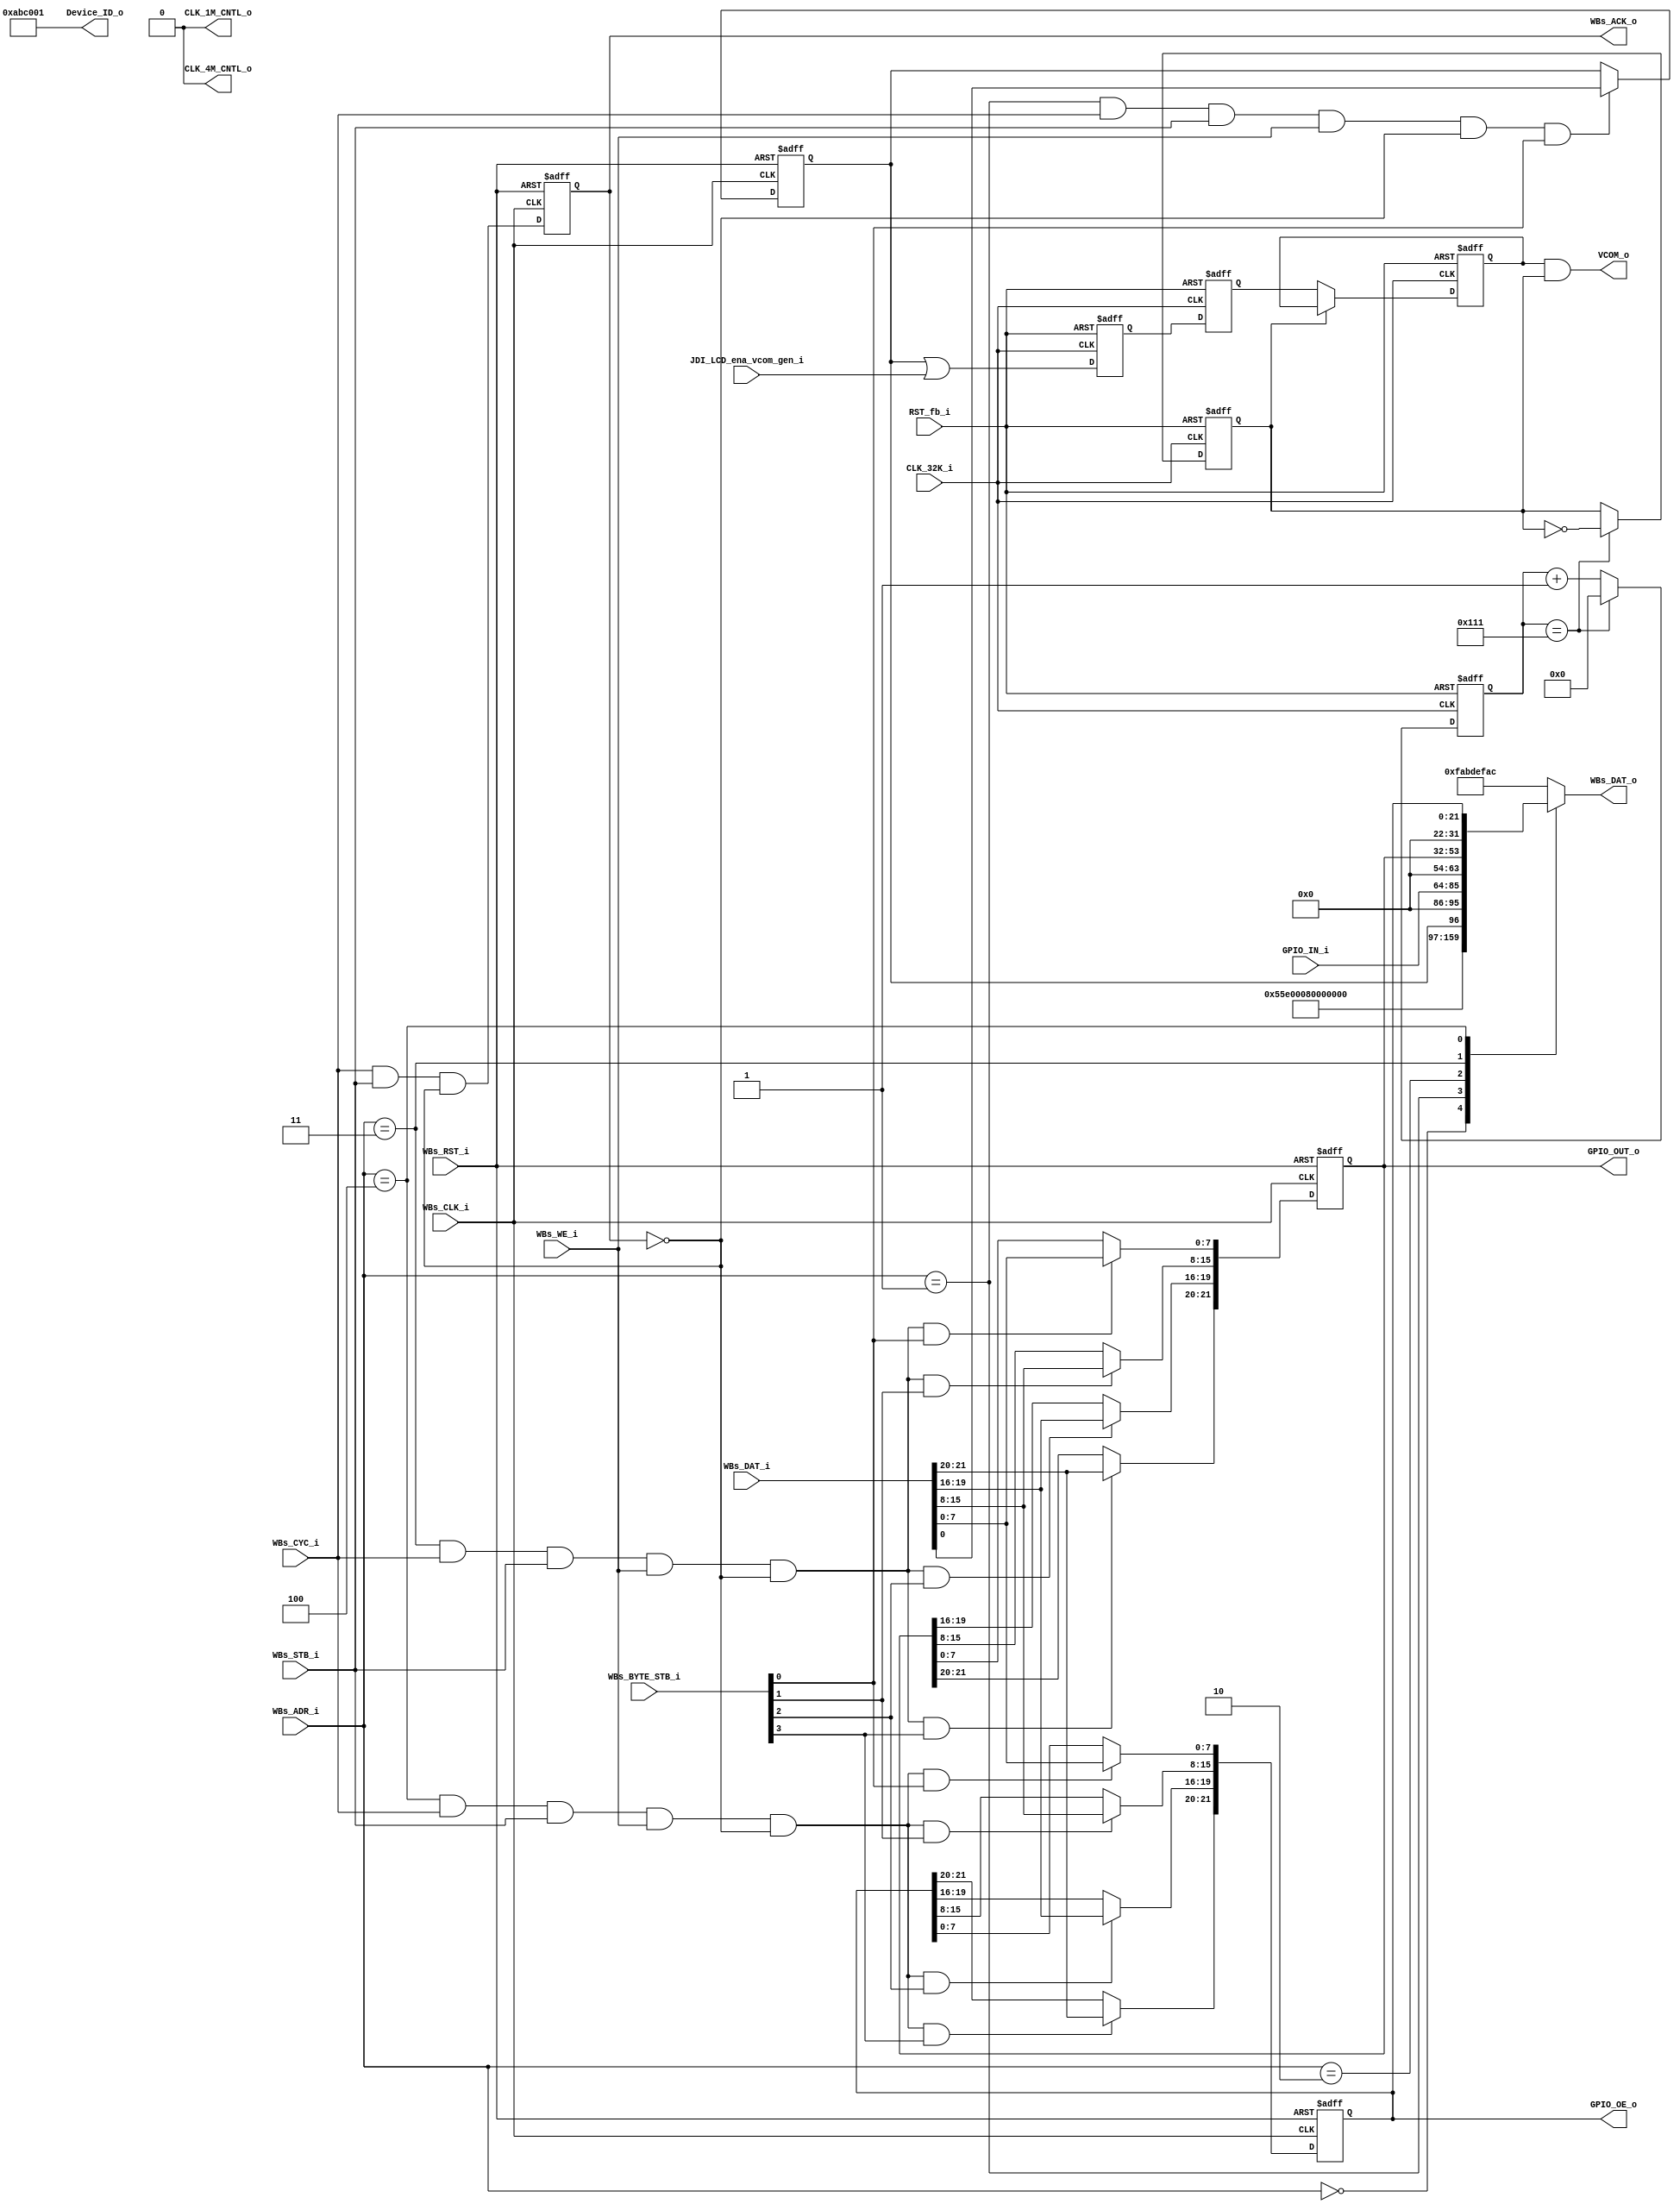
// -----------------------------------------------------------------------------
// title          : AL4S3B Example Fabric Register Module
// project        : Tamar2 Device
// -----------------------------------------------------------------------------
// company        : QuickLogic Corp
// last update    : 2016/02/03
// platform       : ArcticLink 4 S3B
// standard       : Verilog 2001
// -----------------------------------------------------------------------------
// description: The Fabric example IP design contains the essential logic for
//              interfacing the ASSP of the AL4S3B to registers and memory 
//              located in the programmable fabric.
// -----------------------------------------------------------------------------
// copyright (c) 2016
// -----------------------------------------------------------------------------
// revisions  :
// date            version    author         description
// 2016/02/03      1.0        Glen Gomes     Initial Release
// 2017/10/01      1.0        Anand A Wadke  Added external VCOM control signal.
//
// -----------------------------------------------------------------------------
// Comments: This solution is specifically for use with the QuickLogic
//           AL4S3B device. 
// -----------------------------------------------------------------------------
//

`timescale 1ns / 10ps


module AL4S3B_Fabric_Registers ( 

                         // AHB-To_Fabric Bridge I/F
                         //
                         WBs_ADR_i,
                         WBs_CYC_i,
                         WBs_BYTE_STB_i,
                         WBs_WE_i,
                         WBs_STB_i,
                         WBs_DAT_i,
                         WBs_CLK_i,
                         WBs_RST_i,
                         WBs_DAT_o,
                         WBs_ACK_o,

                         //
                         // Misc
                         //
						 JDI_LCD_ena_vcom_gen_i,
						 
						 CLK_32K_i, 
						 RST_fb_i,
						 VCOM_o,
						 CLK_4M_CNTL_o,
						 CLK_1M_CNTL_o,
                         Device_ID_o,
				         GPIO_IN_i,
				         GPIO_OUT_o,
				         GPIO_OE_o

                         );


//------Port Parameters----------------
//

parameter                ADDRWIDTH                   =   7  ;   // Allow for up to 128 registers in the fabric
parameter                DATAWIDTH                   =  32  ;   // Allow for up to 128 registers in the fabric

parameter                FABRIC_REG_ID_VALUE_ADR     =  7'h0; 
parameter                FABRIC_CLOCK_CONTROL_ADR    =  7'h1; 
parameter                FABRIC_GPIO_IN_REG_ADR      =  7'h2; 
parameter                FABRIC_GPIO_OUT_REG_ADR     =  7'h3; 
parameter                FABRIC_GPIO_OE_REG_ADR      =  7'h4; 
parameter                FABRIC_REG_SCRATCH_REG_ADR  =  7'h5; 

parameter                AL4S3B_DEVICE_ID            = 16'h0;
parameter                AL4S3B_REV_LEVEL            = 32'h0;
parameter                AL4S3B_GPIO_REG             = 22'h0;
parameter                AL4S3B_GPIO_OE_REG          = 22'h0;
parameter                AL4S3B_SCRATCH_REG          = 32'h12345678  ;

parameter                AL4S3B_DEF_REG_VALUE        = 32'hFAB_DEF_AC;


//------Port Signals-------------------
//

// AHB-To_Fabric Bridge I/F
//
input   [ADDRWIDTH-1:0]  WBs_ADR_i     ;  // Address Bus                to   Fabric
input                    WBs_CYC_i     ;  // Cycle Chip Select          to   Fabric
input             [3:0]  WBs_BYTE_STB_i;  // Byte Select                to   Fabric
input                    WBs_WE_i      ;  // Write Enable               to   Fabric
input                    WBs_STB_i     ;  // Strobe Signal              to   Fabric
input   [DATAWIDTH-1:0]  WBs_DAT_i     ;  // Write Data Bus             to   Fabric
input                    WBs_CLK_i     ;  // Fabric Clock               from Fabric
input                    WBs_RST_i     ;  // Fabric Reset               to   Fabric
output  [DATAWIDTH-1:0]  WBs_DAT_o     ;  // Read Data Bus              from Fabric
output                   WBs_ACK_o     ;  // Transfer Cycle Acknowledge from Fabric

//
// Misc
//
output           [23:0]  Device_ID_o   ;

output 					 CLK_4M_CNTL_o;
output 					 CLK_1M_CNTL_o;

output 					 VCOM_o;

// GPIO
//
input            [21:0]  GPIO_IN_i     ;
output           [21:0]  GPIO_OUT_o    ;
output           [21:0]  GPIO_OE_o     ;

input                    JDI_LCD_ena_vcom_gen_i      ; 
input                    CLK_32K_i      ; 
input                    RST_fb_i      ; 
 
wire                     CLK_32K_i      ; 
wire                     RST_fb_i      ; 

wire                     VCOM_o      ;

// Fabric Global Signals
//
wire                     WBs_CLK_i     ;  // Wishbone Fabric Clock 
wire                     WBs_RST_i     ;  // Wishbone Fabric Reset

// Wishbone Bus Signals
//
wire    [ADDRWIDTH-1:0]  WBs_ADR_i     ;  // Wishbone Address Bus
wire                     WBs_CYC_i     ;  // Wishbone Client Cycle  Strobe (i.e. Chip Select)
wire              [3:0]  WBs_BYTE_STB_i;  // Wishbone Byte   Enables
wire                     WBs_WE_i      ;  // Wishbone Write  Enable Strobe
wire                     WBs_STB_i     ;  // Wishbone Transfer      Strobe
wire    [DATAWIDTH-1:0]  WBs_DAT_i     ;  // Wishbone Write  Data Bus
 
reg     [DATAWIDTH-1:0]  WBs_DAT_o     ;  // Wishbone Read   Data Bus

reg                      WBs_ACK_o     ;  // Wishbone Client Acknowledge

// Misc
//
//reg               [15:0]  Device_ID_o   ;
wire              [23:0]  Device_ID_o   ;

// GPIO
//
wire             [21:0]  GPIO_IN_i     ;
reg              [21:0]  GPIO_OUT_o    ;
reg              [21:0]  GPIO_OE_o     ;

//reg				 [1:0]   Clk_Cntrl;



//------Define Parameters--------------
//

//
// None at this time
//

//------Internal Signals---------------
//
//wire                     FB_Dev_ID_Wr_Dcd      ;
wire                     FB_Clk_Cntl_Wr_Dcd   ;
wire                     FB_GPIO_Reg_Wr_Dcd    ;
wire                     FB_GPIO_OE_Reg_Wr_Dcd ;
//wire                     FB_Scratch_Reg_Wr_Dcd ;

reg [8:0] count;
reg		  VCOM_Enable;
reg       VCOM_EN_int;
reg		  VCOM_r; 
reg		  VCOM_EN_32K_r1;
reg		  VCOM_EN_32K_r2;

//------Logic Operations---------------
//
assign CLK_4M_CNTL_o = 1'b0 ;
assign CLK_1M_CNTL_o = 1'b0 ;
assign VCOM_o = VCOM_EN_int & VCOM_r;


// Define the Fabric's local register write enables
//
//assign FB_Dev_ID_Wr_Dcd       = ( WBs_ADR_i == FABRIC_REG_ID_VALUE_ADR    ) & WBs_CYC_i & WBs_STB_i & WBs_WE_i   & (~WBs_ACK_o);
assign FB_Clk_Cntl_Wr_Dcd    = ( WBs_ADR_i == FABRIC_CLOCK_CONTROL_ADR  ) & WBs_CYC_i & WBs_STB_i & WBs_WE_i   & (~WBs_ACK_o);
assign FB_GPIO_Reg_Wr_Dcd     = ( WBs_ADR_i == FABRIC_GPIO_OUT_REG_ADR    ) & WBs_CYC_i & WBs_STB_i & WBs_WE_i   & (~WBs_ACK_o);
assign FB_GPIO_OE_Reg_Wr_Dcd  = ( WBs_ADR_i == FABRIC_GPIO_OE_REG_ADR     ) & WBs_CYC_i & WBs_STB_i & WBs_WE_i   & (~WBs_ACK_o);
//assign FB_Scratch_Reg_Wr_Dcd  = ( WBs_ADR_i == FABRIC_REG_SCRATCH_REG_ADR ) & WBs_CYC_i & WBs_STB_i & WBs_WE_i   & (~WBs_ACK_o);


// Define the Acknowledge back to the host for registers
//
assign WBs_ACK_o_nxt          =   WBs_CYC_i & WBs_STB_i & (~WBs_ACK_o);


// Define the Fabric's Local Registers
//
always @( posedge WBs_CLK_i or posedge WBs_RST_i)
begin
    if (WBs_RST_i)
    begin
		VCOM_Enable    	  <= 1'b0 ;
        GPIO_OUT_o        <= AL4S3B_GPIO_REG     ;
        GPIO_OE_o         <= AL4S3B_GPIO_OE_REG  ;
        WBs_ACK_o         <=  1'b0               ;
    end  
    else
    begin

        if(FB_Clk_Cntl_Wr_Dcd   && WBs_BYTE_STB_i[0])
		begin
			VCOM_Enable     <= WBs_DAT_i[0] ;
		end	

        // Define the GPIO Register 
        //
        if(FB_GPIO_Reg_Wr_Dcd    && WBs_BYTE_STB_i[0])
			GPIO_OUT_o[7:0]         <= WBs_DAT_i[7:0]  ;

        if(FB_GPIO_Reg_Wr_Dcd    && WBs_BYTE_STB_i[1])
			GPIO_OUT_o[15:8]        <= WBs_DAT_i[15:8] ;

        if(FB_GPIO_Reg_Wr_Dcd    && WBs_BYTE_STB_i[2])
			GPIO_OUT_o[19:16]       <= WBs_DAT_i[19:16];

        if(FB_GPIO_Reg_Wr_Dcd    && WBs_BYTE_STB_i[3])
			GPIO_OUT_o[21:20]       <= WBs_DAT_i[21:20];


        // Define the GPIO Control Register 
        //
        if(FB_GPIO_OE_Reg_Wr_Dcd && WBs_BYTE_STB_i[0])
			GPIO_OE_o[7:0]          <= WBs_DAT_i[7:0]  ;

        if(FB_GPIO_OE_Reg_Wr_Dcd && WBs_BYTE_STB_i[1])
			GPIO_OE_o[15:8]         <= WBs_DAT_i[15:8] ;

        if(FB_GPIO_OE_Reg_Wr_Dcd && WBs_BYTE_STB_i[2])
			GPIO_OE_o[19:16]        <= WBs_DAT_i[19:16];

        if(FB_GPIO_OE_Reg_Wr_Dcd && WBs_BYTE_STB_i[3])
			GPIO_OE_o[21:20]        <= WBs_DAT_i[21:20];


        WBs_ACK_o                   <=  WBs_ACK_o_nxt  ;
    end  
end

assign Device_ID_o = 24'hABC001; 
// Define the how to read the local registers and memory
//
always @(
         WBs_ADR_i        or
         Device_ID_o      or
         VCOM_Enable      or
         GPIO_IN_i        or
         GPIO_OUT_o       or
         GPIO_OE_o        
         //Scratch_Register
 )
 begin
    case(WBs_ADR_i[ADDRWIDTH-1:0])
    FABRIC_REG_ID_VALUE_ADR     : WBs_DAT_o <= { 8'h0, Device_ID_o          };
    FABRIC_CLOCK_CONTROL_ADR    : WBs_DAT_o <= { 31'h0, VCOM_Enable		    };
    FABRIC_GPIO_IN_REG_ADR      : WBs_DAT_o <= { 10'h0, GPIO_IN_i           };
    FABRIC_GPIO_OUT_REG_ADR     : WBs_DAT_o <= { 10'h0, GPIO_OUT_o          };
    FABRIC_GPIO_OE_REG_ADR      : WBs_DAT_o <= { 10'h0, GPIO_OE_o           };
    //FABRIC_REG_SCRATCH_REG_ADR  : WBs_DAT_o <=     32'h0;
	default                     : WBs_DAT_o <=          AL4S3B_DEF_REG_VALUE ;
	endcase
end


//------Instantiate Modules------------
//
always @(posedge CLK_32K_i or posedge RST_fb_i)    
begin
    if (RST_fb_i)
    begin
        count	<=  9'h0  ;
		VCOM_r  <=  1'b0   ;
    end
    else 
    begin  
	    if (count == 9'h111)
		  begin
			count	<=  9'h0  ;
			VCOM_r  <= ~VCOM_r ;
		  end
		else
		  begin
			count   <=  count + 1;
			VCOM_r  <=  VCOM_r ;
		  end
 	end
end 

always @( posedge CLK_32K_i or posedge RST_fb_i)
begin
    if (RST_fb_i)
    begin
		VCOM_EN_32K_r1	 	<= 1'b0;
		VCOM_EN_32K_r2	 	<= 1'b0;
    end  
    else
    begin
		//VCOM_EN_32K_r1	 	<= VCOM_Enable;
		VCOM_EN_32K_r1	 	<= VCOM_Enable | JDI_LCD_ena_vcom_gen_i;
		VCOM_EN_32K_r2	 	<= VCOM_EN_32K_r1;
    end  
end

always @( posedge CLK_32K_i or posedge RST_fb_i)
begin
    if (RST_fb_i)
    begin
		VCOM_EN_int	 	<= 1'b0;
    end  
    else
    begin
        if (VCOM_r == 1'b0)
		   VCOM_EN_int	 	<= VCOM_EN_32K_r2;
		else
		   VCOM_EN_int	 	<= VCOM_EN_int;
    end  
end

//
// None Currently
//

endmodule